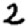
Digit: 2